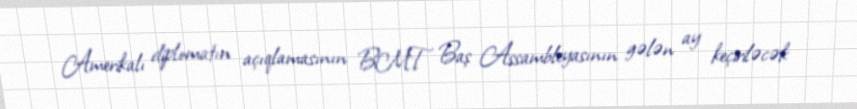
Amerikalı diplomatın açıqlamasının BMT Baş Assambleyasının gələn ay keçiriləcək